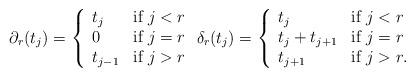
LaTeX: \begin{align*}\partial_r(t_j) = \left\{ \begin{array}{ll}t_j & \mbox{if $j < r$} \\0 & \mbox{if $j = r$} \\t_{j-1} & \mbox{if $j > r$}\end{array} \right. \delta_r(t_j) = \left\{ \begin{array}{ll}t_j & \mbox{if $j < r$} \\t_j + t_{j+1} & \mbox{if $j = r$} \\t_{j+1} & \mbox{if $j > r$.}\end{array} \right.\end{align*}